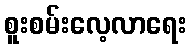
စူးစမ်းလေ့လာရေး